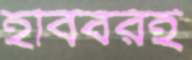
হবিবরই